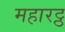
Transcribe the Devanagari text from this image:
महारट्ठ